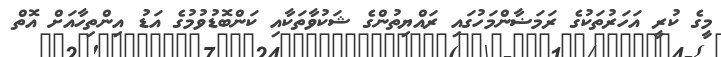
މީގެ ކުރީ އަހަރުތަކުގެ ރަމަޟާންމަހުގައި ރައްޔިތުންގެ ޝަކުވާތަކާއި ކަންބޮޑުވުމުގެ އަޑު އިންތިހާއަށް އޮތް